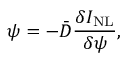
\psi = - \bar { D } \frac { \delta I _ { \mathrm { N L } } } { \delta \psi } ,